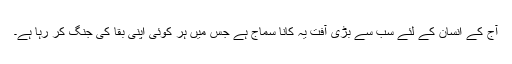
آج کے انسان کے لئے سب سے بڑی آفت یہ کانا سماج ہے جس میں ہر کوئی اپنی بقا کی جنگ کر رہا ہے۔